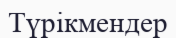
Түрікмендер